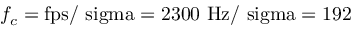
f _ { c } = \mathrm { { f p s } / \ s i g m a = 2 3 0 0 ~ \mathrm { { H z } / \ s i g m a = 1 9 2 } }